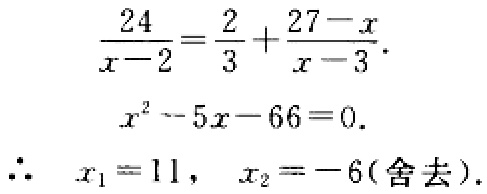
\[\begin{align*}
\frac{24}{x - 2}&=\frac{2}{3}+\frac{27 - x}{x - 3}\\
x^{2}-5x - 66&=0\\
\therefore\  x_{1}&=11,\ x_{2}=-6(\text{舍去})
\end{align*}\]